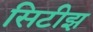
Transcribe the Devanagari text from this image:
सिटीझ